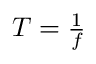
\textstyle T = { \frac { 1 } { f } }